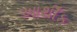
આથીઁક